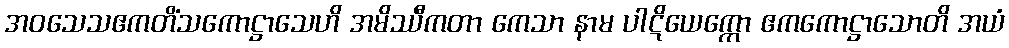
အဝသေသဧကတိံသကောဋ္ဌာသေဟိ အမိဿီကတာ ကေသာ နာမ ပါဋိယေက္ကော ဧကကောဋ္ဌာသောတိ အယံ